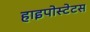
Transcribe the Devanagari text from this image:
हाइपोस्टेटस